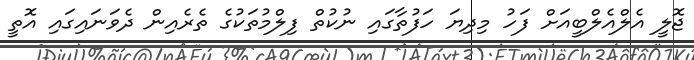
ޖޮލީ އެލްއެލްބީއަށް ފަހު މިދިޔަ ހަފުތާގައި ނުކުތް ފިލްމުތަކުގެ ތެރެއިން ދެވަނައިގައި އޮތީ